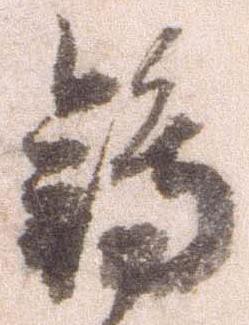
鴇